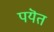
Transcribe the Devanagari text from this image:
पयॆत